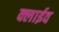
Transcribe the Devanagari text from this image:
क्लाईव